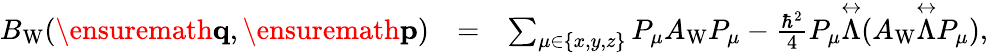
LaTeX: \begin{array}{rlr}{B_{\mathrm{W}}(\ensuremath{\mathbf{q}},\ensuremath{\mathbf{p}})}&{=}&{\sum_{\mu\in\{ x,y,z\} }P_{\mu}A_{\mathrm{W}}P_{\mu}-\frac{\hbar^{2}}{4}P_{\mu}\overset\leftrightarrow{\Lambda}(A_{\mathrm{W}}\overset\leftrightarrow{\Lambda}P_{\mu}),}\end{array}